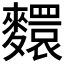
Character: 𪍺